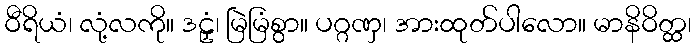
ဝီရိယံ၊ လုံ့လကို။ ဒဠှံ၊ မြဲမြံစွာ။ ပဂ္ဂဏှ၊ အားထုတ်ပါလော။ မာနိဝိတ္ထ၊